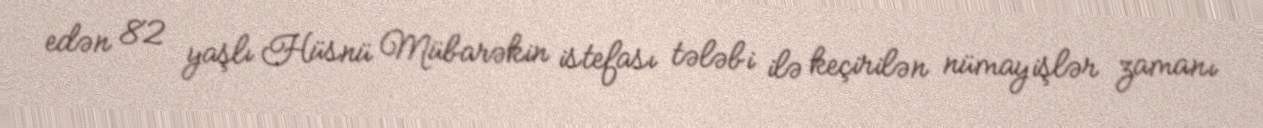
edən 82 yaşlı Hüsnü Mübarəkin istefası tələbi ilə keçirilən nümayişlər zamanı